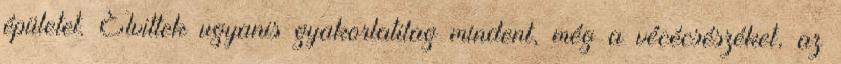
épületet. Elvittek ugyanis gyakorlatilag mindent, még a vécécsészéket, az